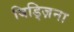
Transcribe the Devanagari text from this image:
बिड्ज़िना